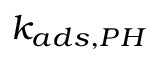
k _ { a d s , P H }